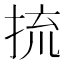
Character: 㧧